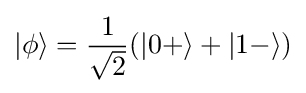
|\phi \rangle ={\frac {1}{\sqrt {2}}}(|0+\rangle +|1-\rangle )